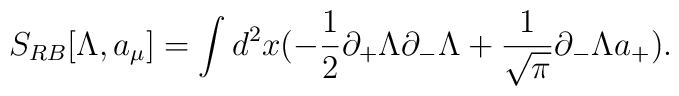
S_{RB}[\Lambda,a_{\mu}]=\int d^{2}x (-\frac{1}{2} \partial_{+}\Lambda\partial_{-}\Lambda +\frac{1}{\sqrt{\pi}}\partial_{-} \Lambda a_{+}).